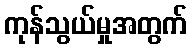
ကုန်သွယ်မှုအတွက်